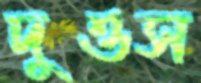
দুওস